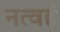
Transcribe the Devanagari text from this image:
नत्वहं